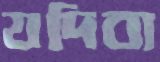
যদিবা